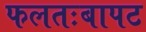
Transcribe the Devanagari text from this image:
फलतःबापट